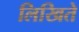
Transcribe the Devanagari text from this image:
लिखिते